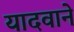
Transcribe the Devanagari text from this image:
यादवाने